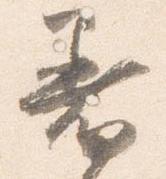
着